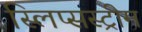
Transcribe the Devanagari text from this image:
स्लिप्सस्ट्रीम